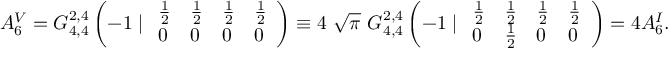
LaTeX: A _ { 6 } ^ { V } = G _ { 4 , 4 } ^ { 2 , 4 } \left( - 1 \mid \begin{array} { l l l l } { { \frac 1 2 } } & { { \frac 1 2 } } & { { \frac 1 2 } } & { { \frac 1 2 } } \\ { { 0 } } & { { 0 } } & { { 0 } } & { { 0 } } \end{array} \right) \equiv 4 \ { \sqrt \pi } \ G _ { 4 , 4 } ^ { 2 , 4 } \left( - 1 \mid \begin{array} { l l l l } { { \frac 1 2 } } & { { \frac 1 2 } } & { { \frac 1 2 } } & { { \frac 1 2 } } \\ { { 0 } } & { { \frac 1 2 } } & { { 0 } } & { { 0 } } \end{array} \right) = 4 A _ { 6 } ^ { I } .